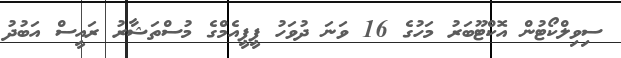
ސިވިލްކޯޓުން އޮކްޓޫބަރު މަހުގެ 16 ވަނަ ދުވަހު ޕީޕީއެމްގެ މުސްތަޝާރު ރައީސް އަބުދު